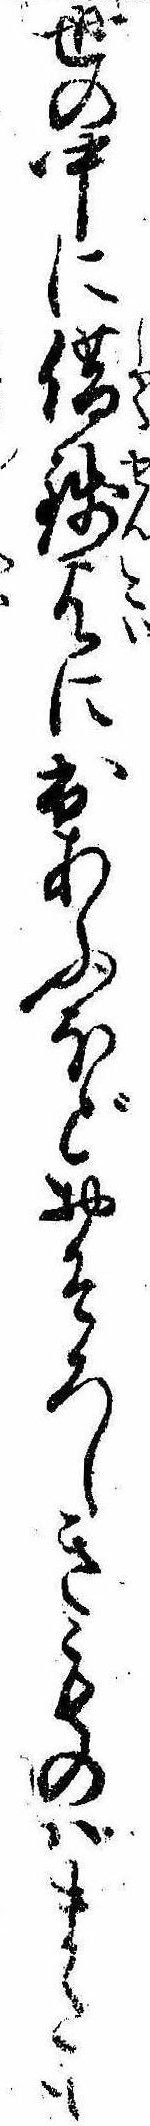
世の中に借銭乞に出あふほどおそろしきものはまたも